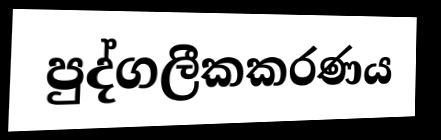
පුද්ගලීකකරණය